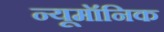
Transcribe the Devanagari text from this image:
न्यूमॉनिक